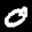
Label: 0